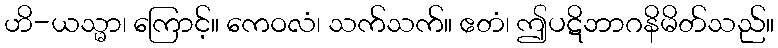
ဟိ-ယသ္မာ၊ ကြောင့်။ ကေဝလံ၊ သက်သက်။ ဧတံ၊ ဤပဋိဘာဂနိမိတ်သည်။